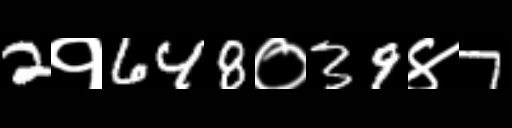
Text: 2१648०39४7